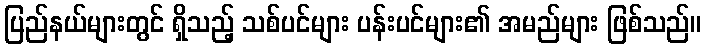
ပြည်နယ်များတွင် ရှိသည့် သစ်ပင်များ ပန်းပင်များ၏ အမည်များ ဖြစ်သည်။